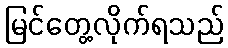
မြင်တွေ့လိုက်ရသည်